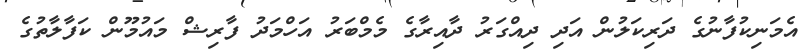
އެމަނިކުފާނުގެ ދަރިކަލުން އަދި ދިއްގަރު ދާއިރާގެ މެމްބަރު އަހްމަދު ފާރިޝް މައުމޫން ކަފާލާތުގެ